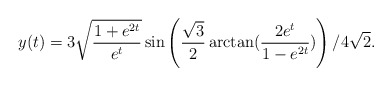
\begin{align*}y(t)=3\sqrt{\frac{1+e^{2t}}{e^t}}\sin\left(\frac{\sqrt{3}}{2}\arctan(\frac{2e^t}{1-e^{2t}})\right)/4\sqrt{2}.\end{align*}